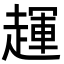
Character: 𬦖